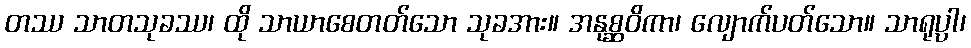
တဿ သာတသုခဿ၊ ထို သာယာစေတတ်သော သုခအား။ အနုစ္ဆဝိကာ၊ လျောက်ပတ်သော။ သာရုပ္ပါ၊